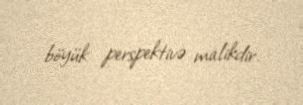
böyük perspektivə malikdir.